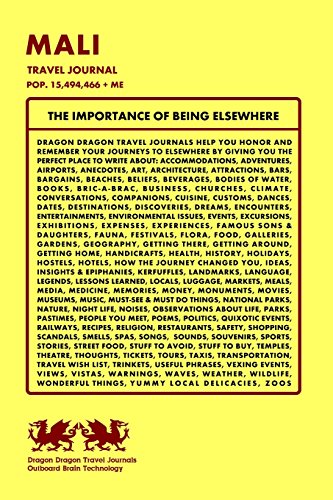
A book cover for Mali Travel Journal, Pop. 15,494,466 + Me; Dragon Dragon Travel Journals; Travel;